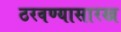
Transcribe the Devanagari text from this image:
ठरवण्यासारख